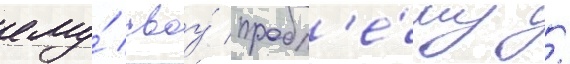
ему́ своу́ пробл'е́му /